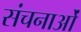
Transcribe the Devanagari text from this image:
संचनाओं